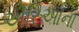
એરિઆના